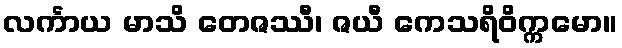
လင်္ကာယ မာသိ တေဇဿီ၊ ဇယီ ကေသရိဝိက္ကမော။